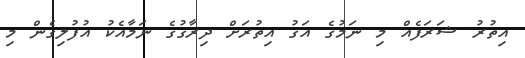
އިތުރު ޝަރަފެއް މި ނަމުގެ އަގު އިތުރަށް ދިރާގުގެ ނަމާއެކު އުފުލިގެން މި